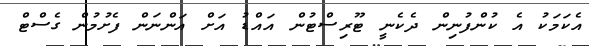
އެކަމަކު އެ ކުންފުނިން ދެކެނީ ޓޫރިސްޓުން އައްޑު އަށް އަންނަން ފެށުމުން ގެސްޓް